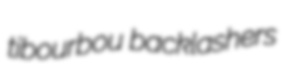
tibourbou backlashers